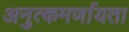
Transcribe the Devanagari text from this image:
अनुत्कमर्णायता